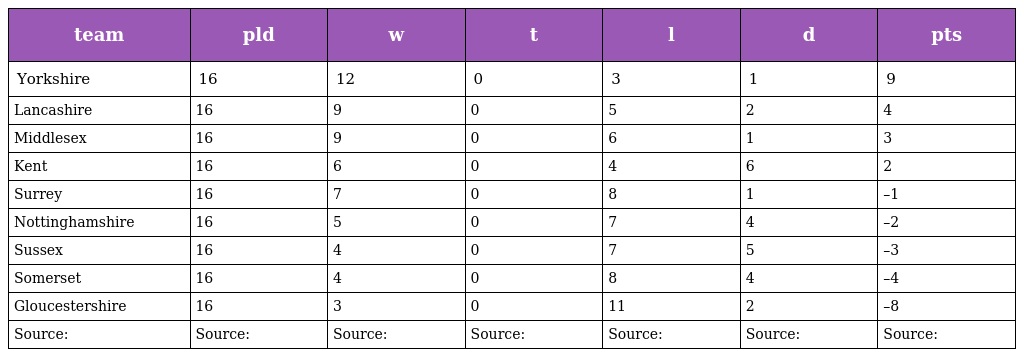
| team | pld | w | t | l | d | pts |
 | --- | --- | --- | --- | --- | --- | --- |
 | Yorkshire | 16 | 12 | 0 | 3 | 1 | 9 |
 | Lancashire | 16 | 9 | 0 | 5 | 2 | 4 |
 | Middlesex | 16 | 9 | 0 | 6 | 1 | 3 |
 | Kent | 16 | 6 | 0 | 4 | 6 | 2 |
 | Surrey | 16 | 7 | 0 | 8 | 1 | –1 |
 | Nottinghamshire | 16 | 5 | 0 | 7 | 4 | –2 |
 | Sussex | 16 | 4 | 0 | 7 | 5 | –3 |
 | Somerset | 16 | 4 | 0 | 8 | 4 | –4 |
 | Gloucestershire | 16 | 3 | 0 | 11 | 2 | –8 |
 | Source: | Source: | Source: | Source: | Source: | Source: | Source: |